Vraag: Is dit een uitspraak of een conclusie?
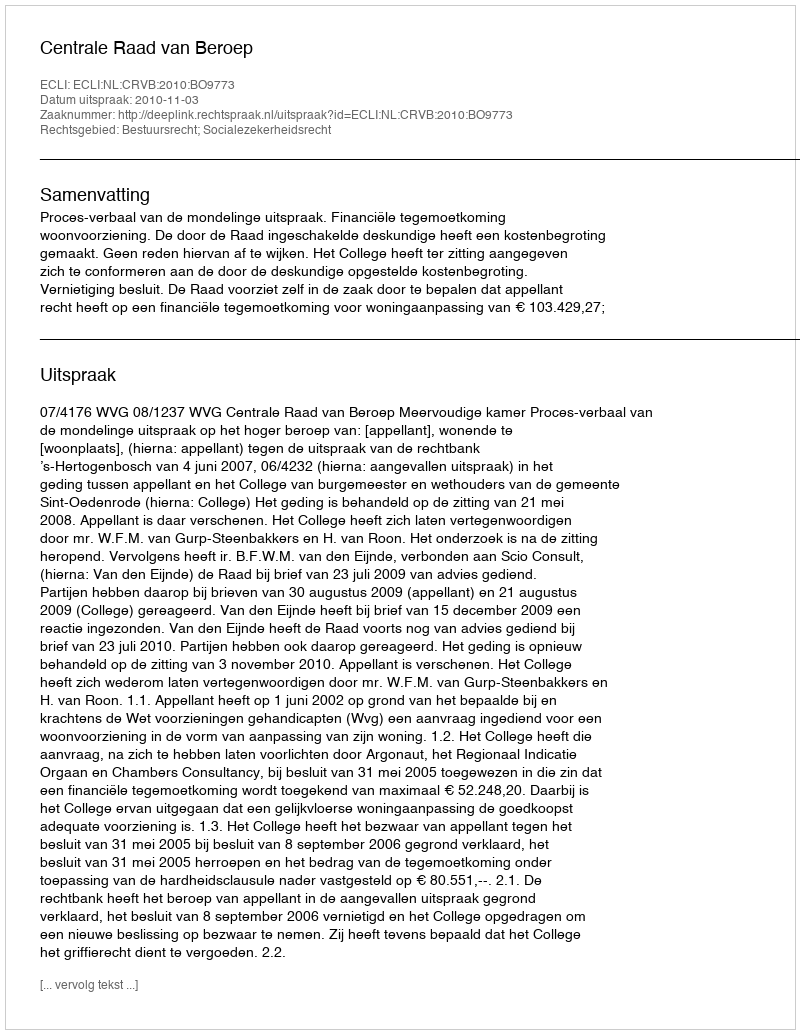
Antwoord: Uitspraak